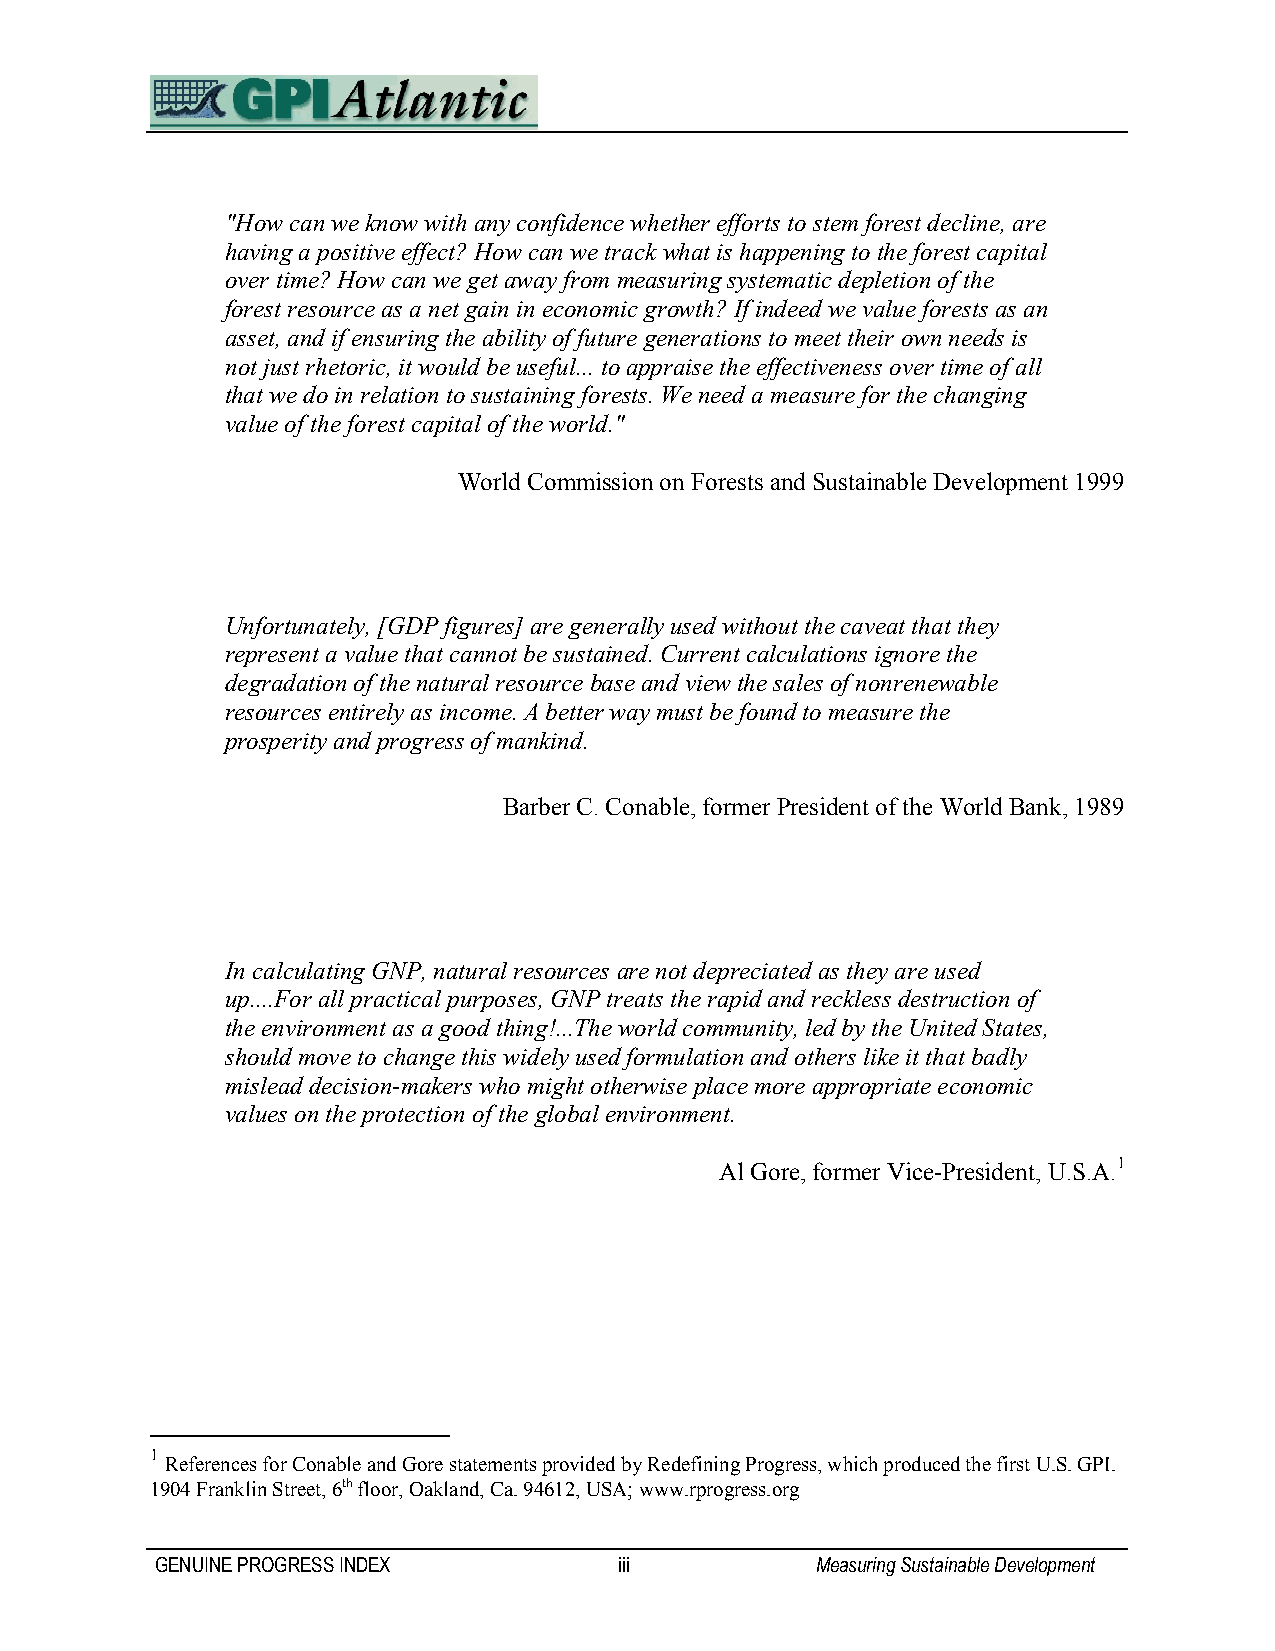
"How can we know with any confidence whether efforts to stem forest decline, are
 having a positive effect? How can we track what is happening to the forest capital
 over time? How can we get away from measuring systematic depletion of the
 forest resource as a net gain in economic growth? If indeed we value forests as an
 asset, and if ensuring the ability of future generations to meet their own needs is
 not just rhetoric, it would be useful... to appraise the effectiveness over time of all
 that we do in relation to sustaining forests. We need a measure for the changing
 value of the forest capital of the world."
 World Commission on Forests and Sustainable Development 1999
 Unfortunately, [GDP figures] are generally used without the caveat that they
 represent a value that cannot be sustained. Current calculations ignore the
 degradation of the natural resource base and view the sales of nonrenewable
 resources entirely as income. A better way must be found to measure the
 prosperity and progress of mankind.
 Barber C. Conable, former President of the World Bank, 1989
 In calculating GNP, natural resources are not depreciated as they are used
 up....For all practical purposes, GNP treats the rapid and reckless destruction of
 the environment as a good thing!...The world community, led by the United States,
 should move to change this widely used formulation and others like it that badly
 mislead decision-makers who might otherwise place more appropriate economic
 values on the protection of the global environment.
 Al Gore, former Vice-President, U.S.A.1
 1
 References for Conable and Gore statements provided by Redefining Progress, which produced the first U.S. GPI.
 1904 Franklin Street, 6th floor, Oakland, Ca. 94612, USA; www.rprogress.org
 GENUINE PROGRESS INDEX         iii          Measuring Sustainable Development